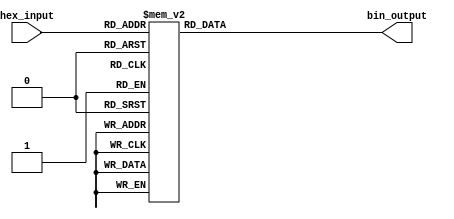
module hex_to_bin_encoder (
    input  [3:0] hex_input,  // 4-bit hexadecimal input
    output reg [3:0] bin_output // 4-bit binary output
);

// Combinational logic to convert hex input to binary output
always @(*) begin
    case (hex_input)
        4'b0000: bin_output = 4'b0000; // 0
        4'b0001: bin_output = 4'b0001; // 1
        4'b0010: bin_output = 4'b0010; // 2
        4'b0011: bin_output = 4'b0011; // 3
        4'b0100: bin_output = 4'b0100; // 4
        4'b0101: bin_output = 4'b0101; // 5
        4'b0110: bin_output = 4'b0110; // 6
        4'b0111: bin_output = 4'b0111; // 7
        4'b1000: bin_output = 4'b1000; // 8
        4'b1001: bin_output = 4'b1001; // 9
        4'b1010: bin_output = 4'b1010; // A (10)
        4'b1011: bin_output = 4'b1011; // B (11)
        4'b1100: bin_output = 4'b1100; // C (12)
        4'b1101: bin_output = 4'b1101; // D (13)
        4'b1110: bin_output = 4'b1110; // E (14)
        4'b1111: bin_output = 4'b1111; // F (15)
        default: bin_output = 4'b0000; // Default case (not needed in this design)
    endcase
end

endmodule